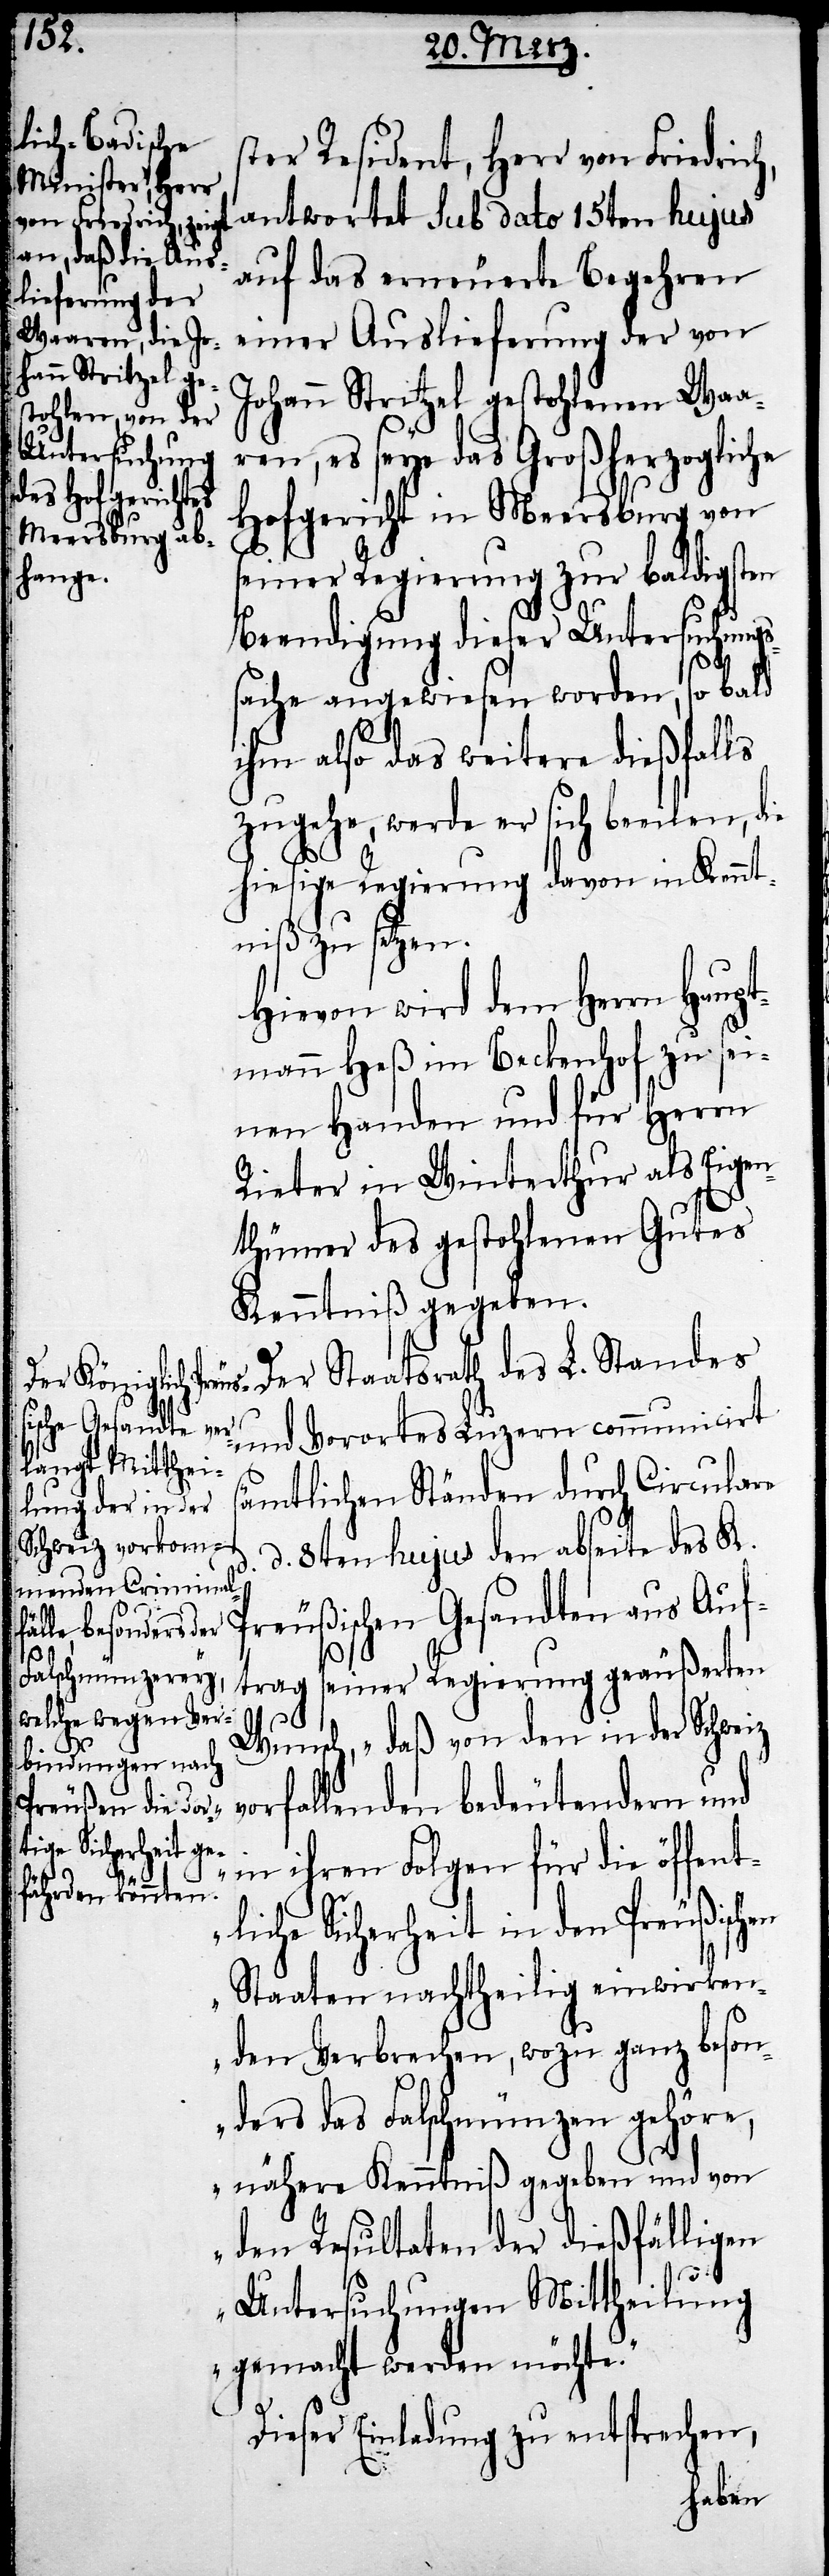
ster Resident, Herr von Friedrich,
antwortet sub dato 15ten hujus
auf das erneuerte Begehren
einer Auslieferung der von
Johann Stritzel gestohlenen Waar¬
en, es seye das Großherzogliche
Hofgericht in Meersburg von
seiner Regierung zur baldigsten
Beendigung dieser Untersuchungs¬
sache angewiesen worden, so bald
ihm also das weitere dießfalls
zugehe, werde er sich beeilen, die
hiesige Regierung davon in Kennt¬
niß zu setzen.
Hievon wird dem Herrn Haup¬
tmann Heß im Beckenhof zu sei¬
nen Handen und für Herrn
Rieter in Winterthur als Eigen¬
thümer des gestohlenen Gutes
Kenntniß gegeben.
Der Staatsrath des L. Standes
und Vorortes Luzern communicirt
v¬
ämtlichen Ständen durch Cirulare
d. 8ten hujus den abseite des K.
Preußischen Gesandten aus Auf¬
trag seiner Regierung geäußerten
Wunsch, „daß von den in der Schweiz
orfallenden bedeutendern und
in ihren Folgen für die öffent¬
liche Sicherheit in den Preußischen
Staaten nachtheilig einwirken¬
den Verbrechen, wozu ganz beson¬
ders das Falschmünzen gehöre,
nähere Kenntniß gegeben und von
den Resultaten der dießfälligen
d.
Untersuchungen Mittheilung
gemacht werden möchte.“
Dieser Einladung zu entsprechen,